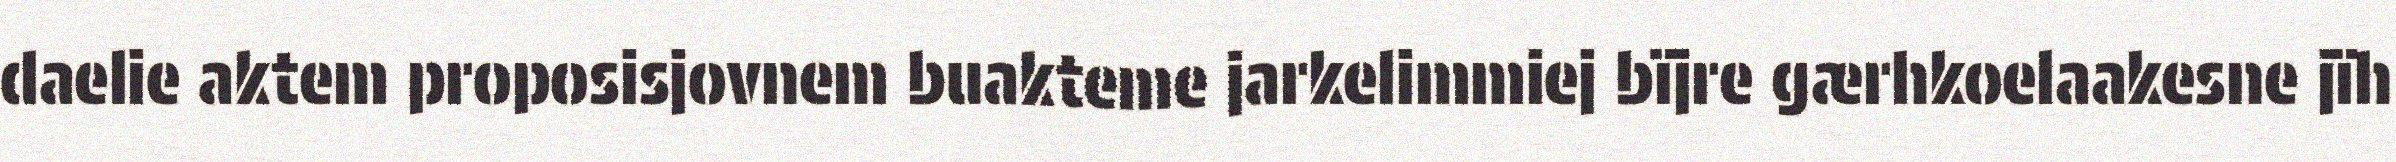
daelie aktem proposisjovnem buakteme jarkelimmiej bïjre gærhkoelaakesne jïh